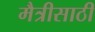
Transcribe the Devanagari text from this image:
मैत्रीसाठी